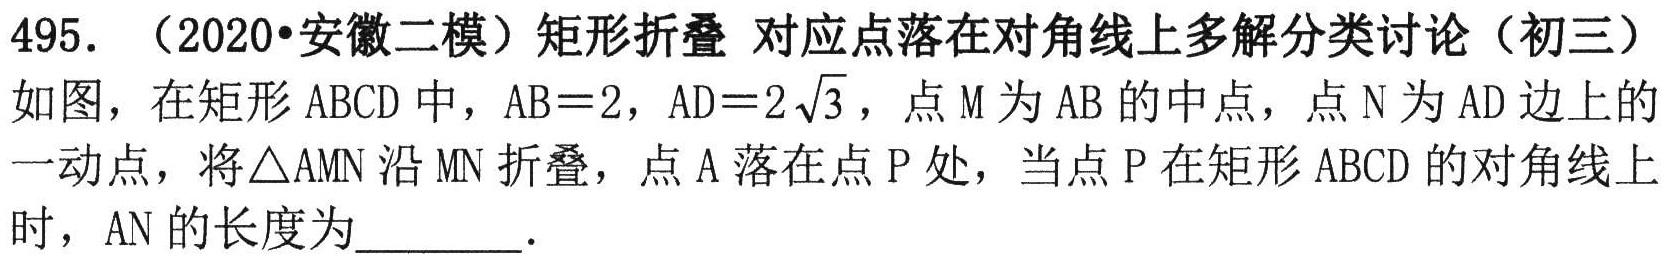
495. （2020•安徽二模）矩形折叠 对应点落在对角线上多解分类讨论（初三）
如图，在矩形ABCD中，AB = 2，AD = 2\(\sqrt{3}\)，点M为AB的中点，点N为AD边上的
一动点，将\(\triangle\)AMN沿MN折叠，点A落在点P处，当点P在矩形ABCD的对角线上
时，AN的长度为________．